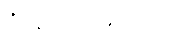
ဒီနေ့ ဘာနေ့ရက်လဲ။